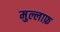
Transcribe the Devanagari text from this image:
मुल्लाफ़